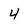
Character: 4